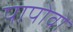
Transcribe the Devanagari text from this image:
पापोवो